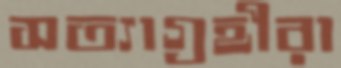
সত্যাগ্রহীরা